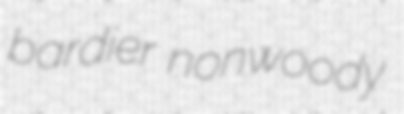
bardier nonwoody